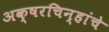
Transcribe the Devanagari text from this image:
अक्षरचिन्हांचे